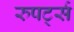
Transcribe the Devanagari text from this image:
रुपर्ट्स